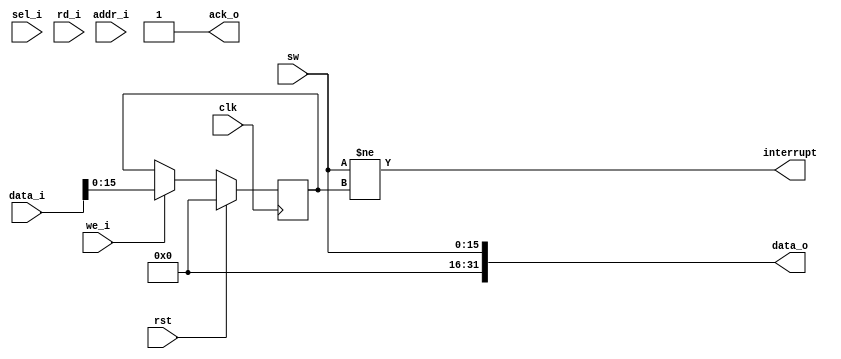
module switch(
    input  clk,
    input  rst,

    input  [15:0] sw,

    input  [31:0]   addr_i,
    output [31:0]   data_o,
    input  [31:0]   data_i,
    input  [ 1:0]   sel_i,
    input           rd_i,
    input           we_i,
    output          ack_o,

    output          interrupt
    );

    reg  [15:0] sw_status;

    assign data_o       = {16'b0, sw};
    assign interrupt    = (sw != sw_status);
    assign ack_o        = 1'b1;

    task init;
    begin
        sw_status   <= 15'b0;
    end
    endtask

    initial init();

    always @(posedge clk) begin
        if (rst) init();
        else begin
            if (we_i)   sw_status <= data_i;
        end
    end
endmodule